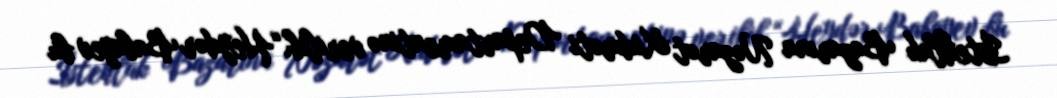
İstehlak Bazarına Nəzarət Xidməti Departamentinə verilib.“Heydər Babayev bu